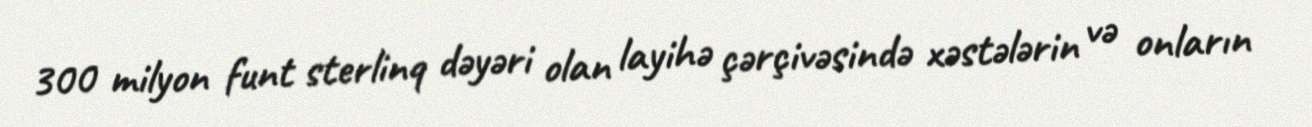
300 milyon funt sterlinq dəyəri olan layihə çərçivəsində xəstələrin və onların